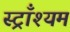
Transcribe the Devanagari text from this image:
स्ट्राँश्यम